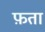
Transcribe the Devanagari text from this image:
फ़ता